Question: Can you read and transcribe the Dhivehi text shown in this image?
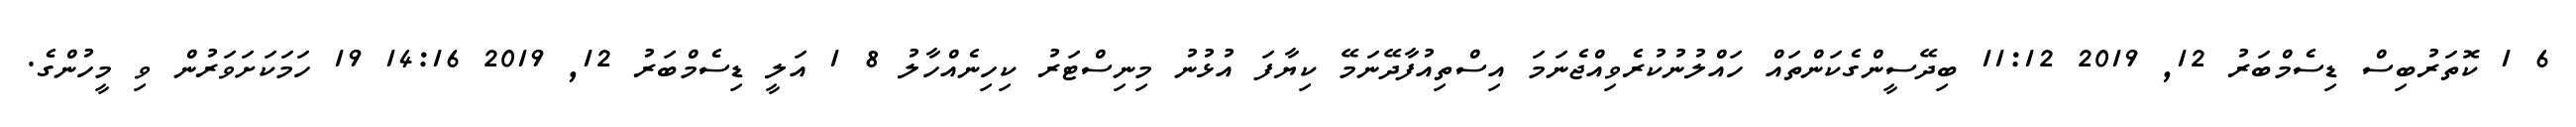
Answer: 6 1 ކޮތަރުބިސް ޑިސެމްބަރު 12, 2019 11:12 ބިދޭސީންގެކަންތައް ހައްލުނުކުރެވިއްޖެނަމަ އިސްތިއުފާދޭނަމޭ ކިޔާފަ އުޅުނު މިނިސްޓަރު ކިހިނެއްހާލު 8 1 އަލީ ޑިސެމްބަރު 12, 2019 14:16 19 ހަމަކަށަވަރުން ވި މީހުންގެ.